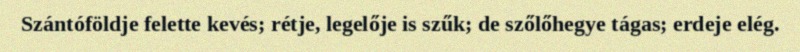
Szántóföldje felette kevés; rétje, legelője is szűk; de szőlőhegye tágas; erdeje elég.